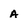
Character: a